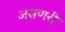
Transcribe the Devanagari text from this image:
असणरी